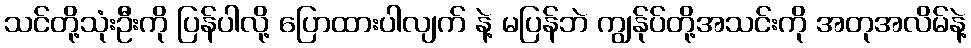
သင်တို့သုံးဦးကို ပြန်ပါလို့ ပြောထားပါလျက် နဲ့ မပြန်ဘဲ ကျွန်ုပ်တို့အသင်းကို အတုအလိမ်နဲ့